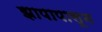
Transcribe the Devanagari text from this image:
झापापासून